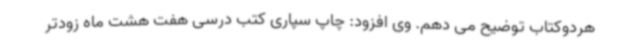
هردوکتاب توضیح می دهم. وی افزود: چاپ سپاری کتب درسی هفت هشت ماه زودتر